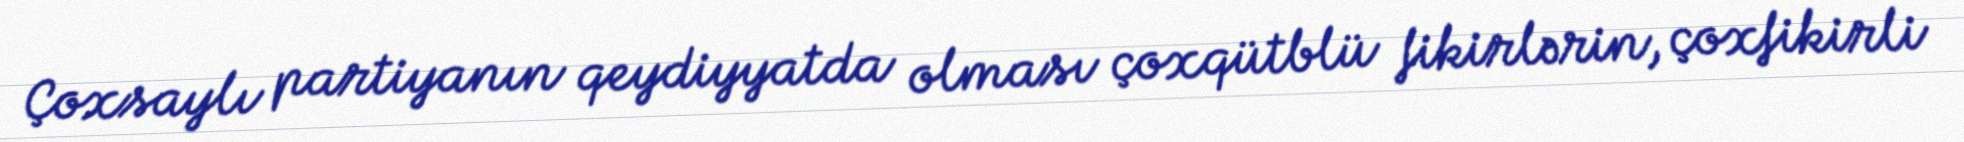
Çoxsaylı partiyanın qeydiyyatda olması çoxqütblü fikirlərin, çoxfikirli